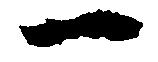
一